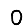
Digit: 0